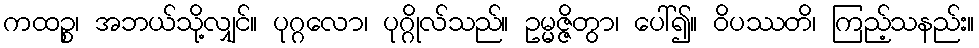
ကထဉ္စ၊ အဘယ်သို့လျှင်။ ပုဂ္ဂလော၊ ပုဂ္ဂိုလ်သည်။ ဥမ္မဇ္ဇိတွာ၊ ပေါ်၍။ ဝိပဿတိ၊ ကြည့်သနည်း။